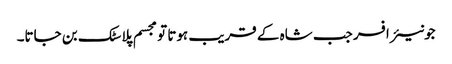
جونیئر افسر جب شاہ کے قریب ہوتا تو مجسم پلاسٹک بن جاتا۔